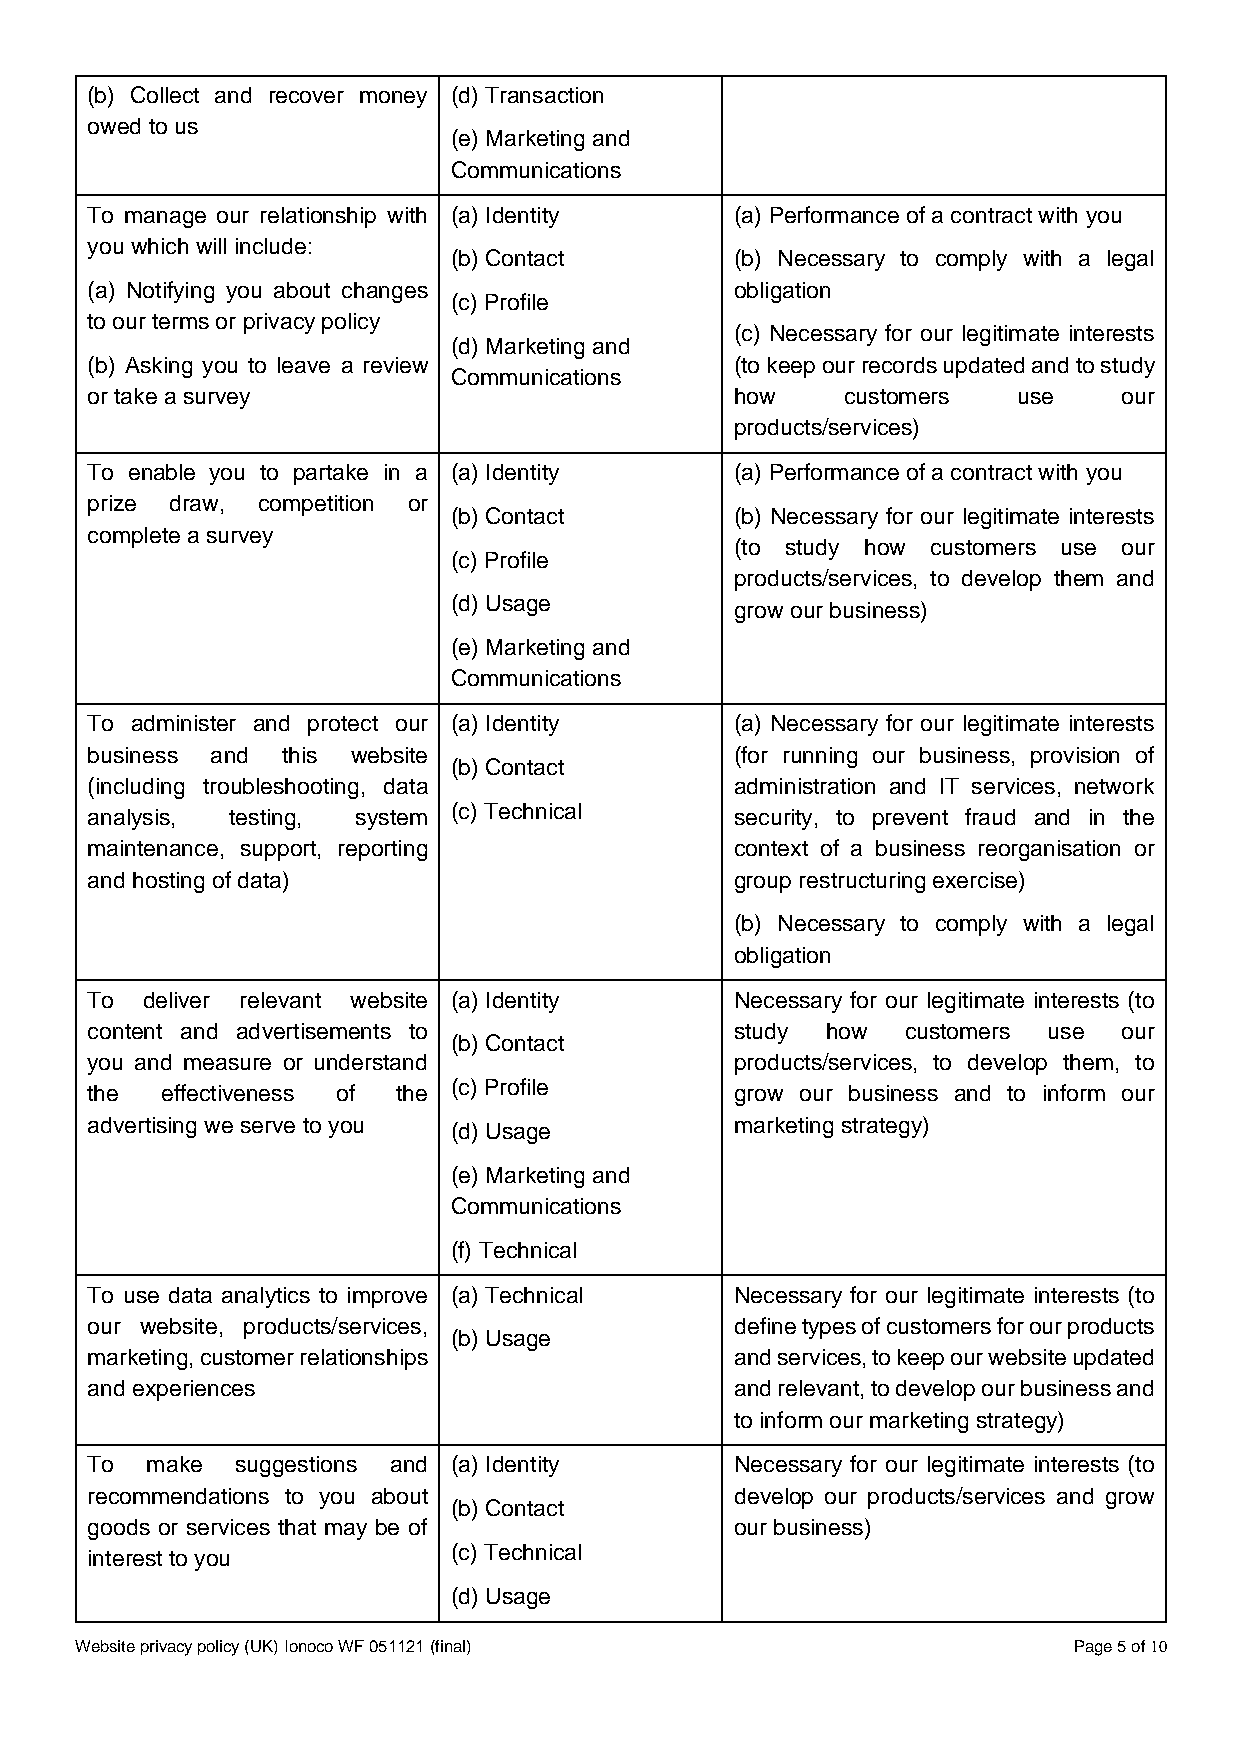
(b) Collect and recover money (d) Transaction
 owed to us
 (e) Marketing and
 Communications
 To manage our relationship with (a) Identity (a) Performance of a contract with you
 you which will include:
 (b) Contact        (b) Necessary to comply with a legal
 (a) Notifying you about changes            obligation
 (c) Profile
 to our terms or privacy policy
 (c) Necessary for our legitimate interests
 (d) Marketing and
 (b) Asking you to leave a review           (to keep our records updated and to study
 Communications
 or take a survey                           how    customers  use    our
 products/services)
 To enable you to partake in a (a) Identity (a) Performance of a contract with you
 prize draw, competition or
 (b) Contact        (b) Necessary for our legitimate interests
 complete a survey
 (to study how customers use our
 (c) Profile
 products/services, to develop them and
 (d) Usage          grow our business)
 (e) Marketing and
 Communications
 To administer and protect our (a) Identity (a) Necessary for our legitimate interests
 business and this website                  (for running our business, provision of
 (b) Contact
 (including troubleshooting, data           administration and IT services, network
 analysis, testing, system (c) Technical    security, to prevent fraud and in the
 maintenance, support, reporting            context of a business reorganisation or
 and hosting of data)                       group restructuring exercise)
 (b) Necessary to comply with a legal
 obligation
 To deliver relevant website (a) Identity   Necessary for our legitimate interests (to
 content and advertisements to              study how  customers use our
 (b) Contact
 you and measure or understand              products/services, to develop them, to
 the  effectiveness of the (c) Profile      grow our business and to inform our
 advertising we serve to you (d) Usage      marketing strategy)
 (e) Marketing and
 Communications
 (f) Technical
 To use data analytics to improve (a) Technical Necessary for our legitimate interests (to
 our website, products/services,            define types of customers for our products
 (b) Usage
 marketing, customer relationships          and services, to keep our website updated
 and experiences                            and relevant, to develop our business and
 to inform our marketing strategy)
 To  make  suggestions and (a) Identity     Necessary for our legitimate interests (to
 recommendations to you about               develop our products/services and grow
 (b) Contact
 goods or services that may be of           our business)
 interest to you         (c) Technical
 (d) Usage
 Website privacy policy (UK) Ionoco WF 051121 (final)              Page 5 of 10